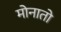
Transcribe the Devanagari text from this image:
मोनातो